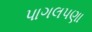
પાગલપણા